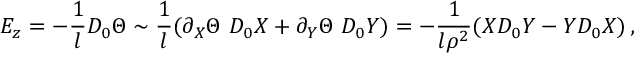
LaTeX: E _ { z } = - { \frac { 1 } { l } } D _ { 0 } \Theta \sim { \frac { 1 } { l } } ( \partial _ { X } \Theta \, \, D _ { 0 } X + \partial _ { Y } \Theta \, \, D _ { 0 } Y ) = - { \frac { 1 } { l \rho ^ { 2 } } } ( X D _ { 0 } Y - Y D _ { 0 } X ) \, ,